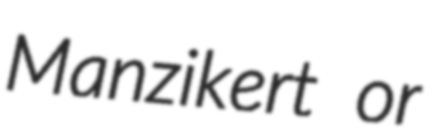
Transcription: Manzikert or